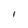
Character: l